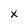
Character: x